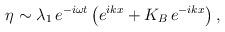
LaTeX: \begin{align*}\eta\sim \lambda_1\, e^{-i\omega t}\left(e^{ikx}+K_B\, e^{-ikx}\right) ,\end{align*}